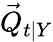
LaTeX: \vec{Q}_{t\vert Y}